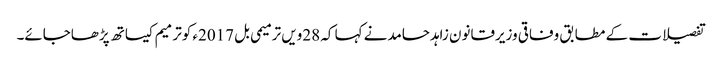
تفصیلات کے مطابق وفاقی وزیرقانون زاہدحامدنے کہا کہ 28ویں ترمیمی بل 2017ء کوترمیم کیساتھ پڑھاجائے۔